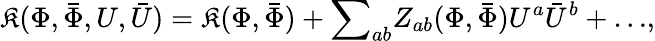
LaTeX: \mathfrak{K}(\Phi,{\bar{{\Phi}}},U,{\bar{{U}}})=\mathfrak{K}({\Phi},{\bar{{\Phi}}})+{\sum}_{ab}Z_{ab}({\Phi},{\bar{{\Phi}}})U^{a}{\bar{{U}}}^{b}+{\dots},